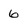
Character: 6